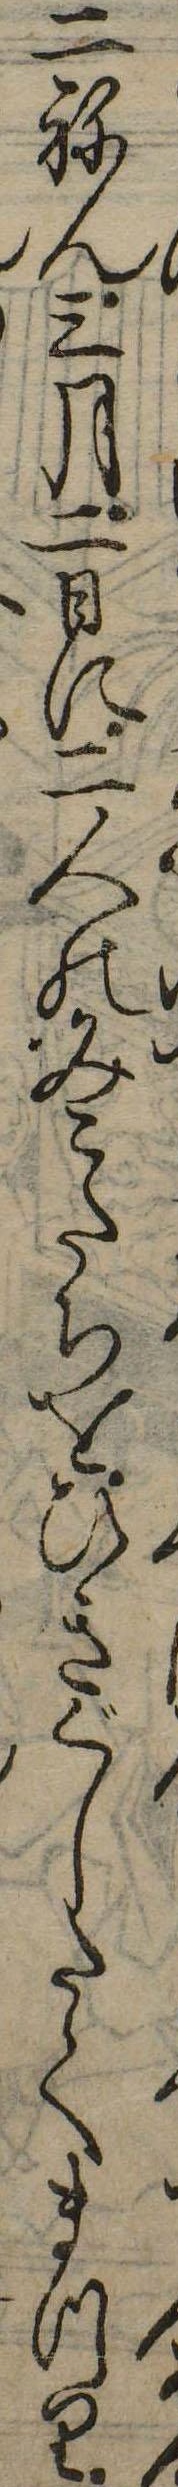
二ねん三月二日に二人のみこたちをひきぐしたてまつり